Report on horse surra - Volume I
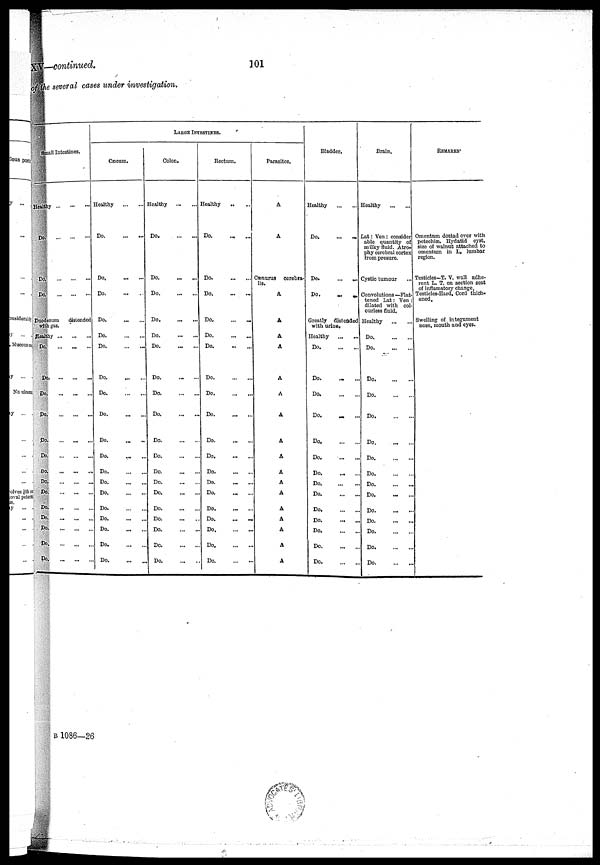
XV—continued.
101
of the several cases under investigation,
Small Intestines.
Healthy
Do. ... ... ...
Do. ... ... ...
Do. ... ... ...
Duodenum
distended
with gas.
Healthy ...
...
...
Do. ... ... ...
Do. ...
...
...
Do. ... ... ...
Do. ... ... ...
Do. ... ... ...
Do. ... ... ...
Do. ... ... ...
Do. ... ... ...
Do. ... ... ...
Do. ... ... ...
Do. ... ... ...
Do. ... ... ...
Do. ... ... ...
Do. ... ... ...
LARGE INTESTINES.
Cæcum.
Healthy
...
Do. ... ... ...
Do. ... ... ...
Do. ... ... ...
Do. ... ... ...
Do. ... ... ...
Do. ... ... ...
Do. ... ... ...
Do. ... ... ...
Do. ... ... ...
Do. ... ... ...
Do. ... ... ...
Do. ... ... ...
Do. ... ... ...
Do. ... ... ...
Do. ... ... ...
Do. ... ... ...
Do. ... ... ...
Do. ... ... ...
Do. ... ... ...
Colon.
Healthy
...
Do. ... ... ...
Do. ... ...
Do. ... ...
Do. ... ...
Do. ... ...
Do. ... ...
Do. ... ...
Do. ... ...
Do. ... ...
Do. ... ...
Do. ... ...
Do. ... ...
Do. ... ...
Do. ... ...
Do. ... ...
Do. ... ...
Do. ... ...
Do. ... ...
Do. ... ...
Rectum.
Healthy ... ...
Do.
...
...
Do. ... ...
Do. ... ...
Do. ... ...
Do. ... ...
Do. ... ...
Do. ... ...
Do. ... ...
Do. ... ...
Do. ... ...
Do. ... ...
Do. ... ...
Do. ... ...
Do. ... ...
Do. ... ...
Do. ... ...
Do. ... ...
Do.
...
...
Do. ... ...
Parasites.
A
A
Cænurus cerebra-
lis.
A
A
A
A
A
A
A
A
A
A
A
A
A
A
A
A
A
Bladder.
Healthy
...
...
Do.
... ...
Do.
...
..
Do.
...
...
Greatly distended
with urine.
Healthy
...
...
Do. ... ...
Do. ... ...
Do. ... ...
Do. ... ...
Do. ... ...
Do. ... ...
Do. ... ...
Do. ... ...
Do. ... ...
Do. ... ...
Do. ... ...
Do. ... ...
Do. ... ...
Do. ... ...
Brain.
Healthy ... ...
Lat: Ven: consider
able quantity of
milky fluid. Atro-
phy cerebral cortex
from presure.
Cystic tumour
Convolutions —Flat-
tened Lat: Ven:
dilated with col-
ourless fluid.
Healthy
...
...
Do. ... ...
Do. ... ...
Do. ... ...
Do. ... ...
Do. ... ...
Do. ... ...
Do. ... ...
Do. ... ...
Do. ... ...
Do. ... ...
Do. ... ...
Do. ... ...
Do. ... ...
Do. ... ...
Do. ... ...
REMARKS.
Omentum dottad over with
petechiæ Hydatid cyst,
size of walnut attached to
omentum in L. lumbar
region.
Testicles—T. V. wall adhe-
rent L. T. on section seat
of inflamatory change.
Testicles-Hard, Cord thich-
ened.
Swelling of integument
nose, mouth and eyes.
B1086—26